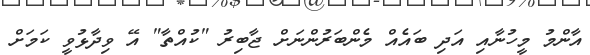
އާންމު މީހުނާއި އަދި ބައެއް މެންބަރުންނަށް ޖާބިރު "ކުއްތާ" އޭ ވިދާޅުވީ ކަމަށް